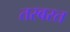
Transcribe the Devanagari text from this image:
तरबरत